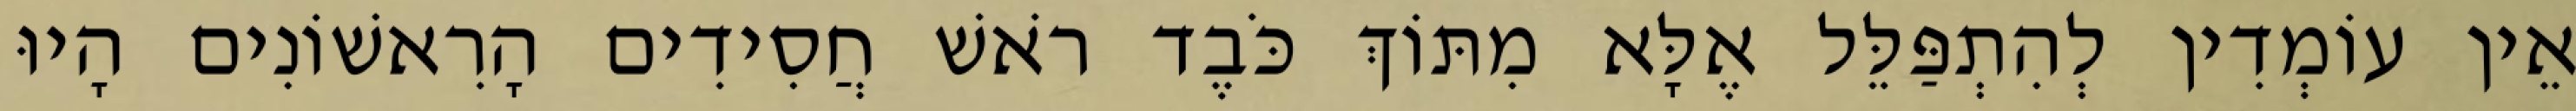
אֵין עוֹמְדִין לְהִתְפַּלֵּל אֶלָּא מִתּוֹךְ כֹּבֶד רֹאשׁ חֲסִידִים הָרִאשׁוֹנִים הָיוּ